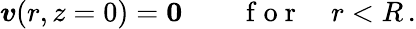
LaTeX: \boldsymbol{v}(r,z=0)=\boldsymbol{0}\qquad\mathrm{~f~o~r~}\quad r<R\, .